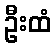
ဦးထံ